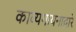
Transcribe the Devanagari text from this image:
काव्यगायनाद्वारे